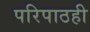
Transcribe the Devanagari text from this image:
परिपाठही